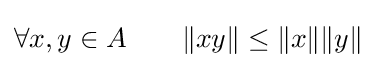
\forall x,y\in A\qquad \|xy\|\leq \|x\|\|y\|